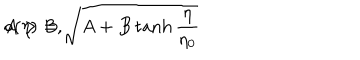
a ( \eta ) = \sqrt { A + B \tanh \frac { \eta } { \eta _ { 0 } } } \hspace { 2 c m } A > B ,